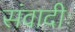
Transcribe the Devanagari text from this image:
संवादीः